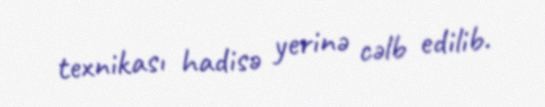
texnikası hadisə yerinə cəlb edilib.